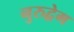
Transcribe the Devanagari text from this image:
नुरुद्वेग